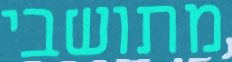
מתושבי